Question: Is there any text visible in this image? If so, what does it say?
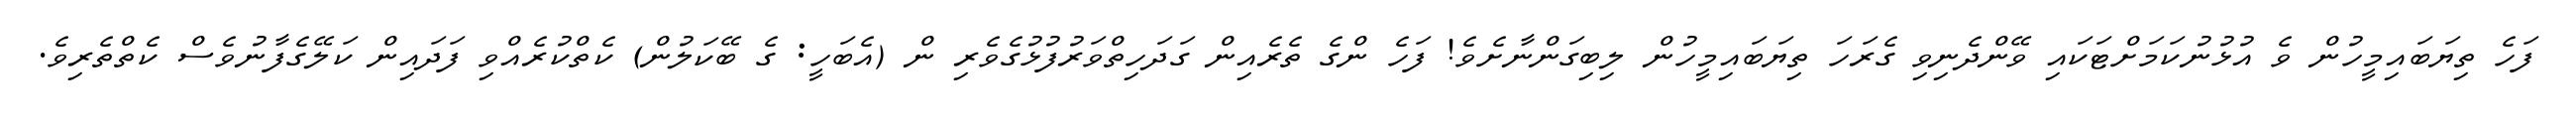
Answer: ފަހެ ތިޔަބައިމީހުން ވެ އުޅުނުކަމަށްޓަކައި ވޭންދެނިވި ގެރަހަ ތިޔަބައިމީހުން ލިބިގަންނާށެވެ! ފަހެ ންގެ ތެރެއިން ގަދަހިތްވަރުފުޅުގެވެރި ން (އެބަހީ: ގެ ބޭކަލުން) ކެތްކުރެއްވި ފަދައިން ކަލޭގެފާނުވެސް ކެތްތެރިވެ.